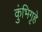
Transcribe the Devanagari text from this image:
कुंभिगृहे